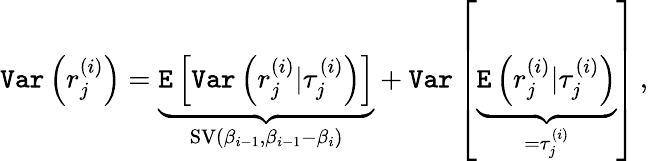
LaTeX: \texttt{Var}\left(r_{j}^{(i)}\right)=\underbrace{\texttt{E}\left[\texttt{Var}\left(r_{j}^{(i)}|\tau_{j}^{(i)}\right)\right]}_{\operatorname{SV}(\beta_{i-1},\beta_{i-1}-\beta_{i})}+\texttt{Var}\left[\underbrace{\texttt{E}\left(r_{j}^{(i)}|\tau_{j}^{(i)}\right)}_{=\tau_{j}^{(i)}}\right]\, ,